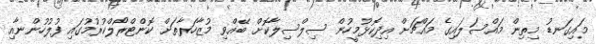
މައިގަނޑު މިތިން މައްސަލައިގެ މައްޗަށް އިދިކޮޅުމީހުން ސިލްސިލާކޮށް ބޭއްވި މުޒާހަރާތަށް ކޮންޓްރޯލްކުރުމުގައި ފުލުހުންނާއި